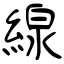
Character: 線